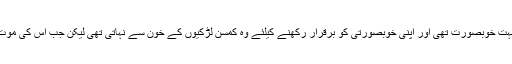
تاریخ کی کتابوں میں درج ہے کہ الزبتھ بہت خوبصورت تھی اور اپنی خوبصورتی کو برقرار رکھنے کیلئے وہ کمسن لڑکیوں کے خون سے نہاتی تھی لیکن جب اس کی موت ہوئی تو وہ کافی بدصورت ہو چکی تھی۔